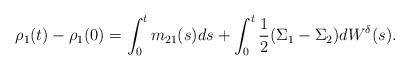
LaTeX: \begin{align*}\rho_1(t)-\rho_1(0)=\int_0^t m_{21}(s) ds+\int_0^t \frac 12(\Sigma_1-\Sigma_2)dW^{\delta}(s).\end{align*}